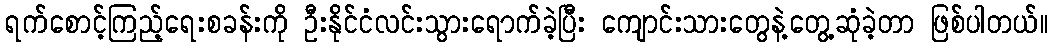
ရက်စောင့်ကြည့်ရေးစခန်းကို ဦးနိုင်ငံလင်းသွားရောက်ခဲ့ပြီး ကျောင်းသားတွေနဲ့တွေ့ဆုံခဲ့တာ ဖြစ်ပါတယ်။